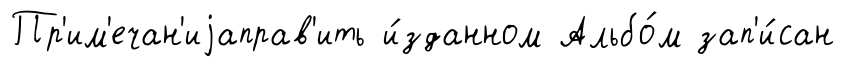
Пр'им'ечан'иjаправ'ить и́зданном Альбо́м зап'и́сан